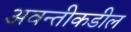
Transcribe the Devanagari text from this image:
अवन्तीकडील